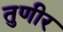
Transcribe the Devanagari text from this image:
तुणीर